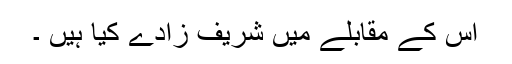
اس کے مقابلے میں شریف زادے کیا ہیں ۔